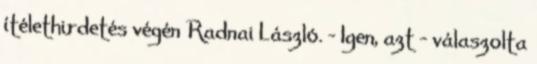
ítélethirdetés végén Radnai László. – Igen, azt – válaszolta